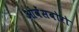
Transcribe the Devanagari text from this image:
ओवेंसबोरो